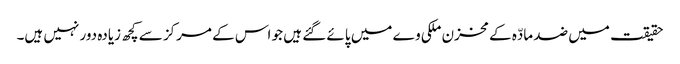
حقیقت میں ضد مادّہ کے مخزن ملکی وے میں پائے گئے ہیں جو اس کے مرکز سے کچھ زیادہ دور نہیں ہیں۔